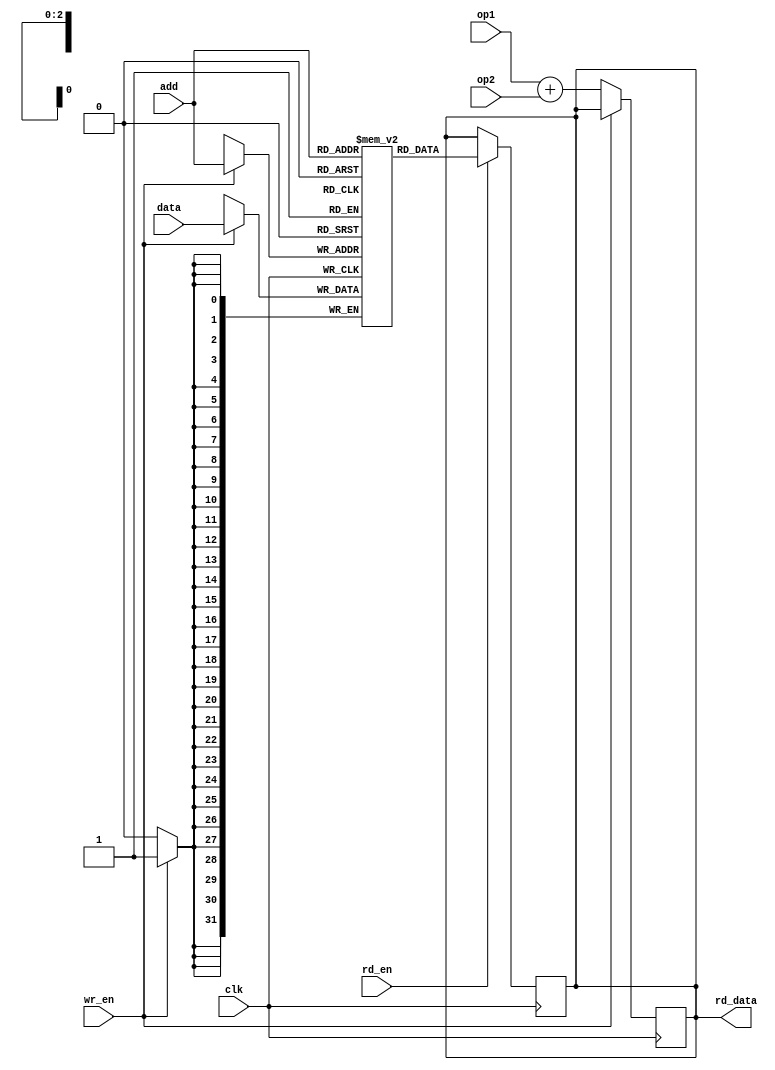
`define MEM_SIZE 8

module Memory_Access(
   //Data that is written to memory
	input [31:0] data,
	//The address in memory that is to be accessed
	input [2:0] add,
	//Two operands which are added
	input [31:0] op1,
	input [31:0] op2,	
	//When high data is written to memory	
	input wr_en,
	//When high data is read from memory
	input rd_en,
	input clk,
	output reg [31:0]rd_data
    );
	 
	 //8 32-bit memory locations
	 reg [31:0] mem [(`MEM_SIZE-1):0];
 always@(posedge clk)
 begin	 
	 if(wr_en==1)	
	 begin 
		mem[add]=data;		//Write data to the location specified in add
	 end
	 
	 else
		rd_data=op1+op2;	 //If wr_en is not high add the two operands and send to output port
 end
 
 always@(negedge clk)
 begin 
	 if(rd_en==1)
	 begin 
		rd_data=mem[add];//Read data from the location specified in add
	 end
 end
endmodule